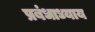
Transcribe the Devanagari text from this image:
प्रबंधाध्याय